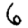
Digit: 6